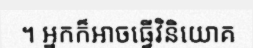
។ អ្នកក៏អាចធ្វើវិនិយោគ